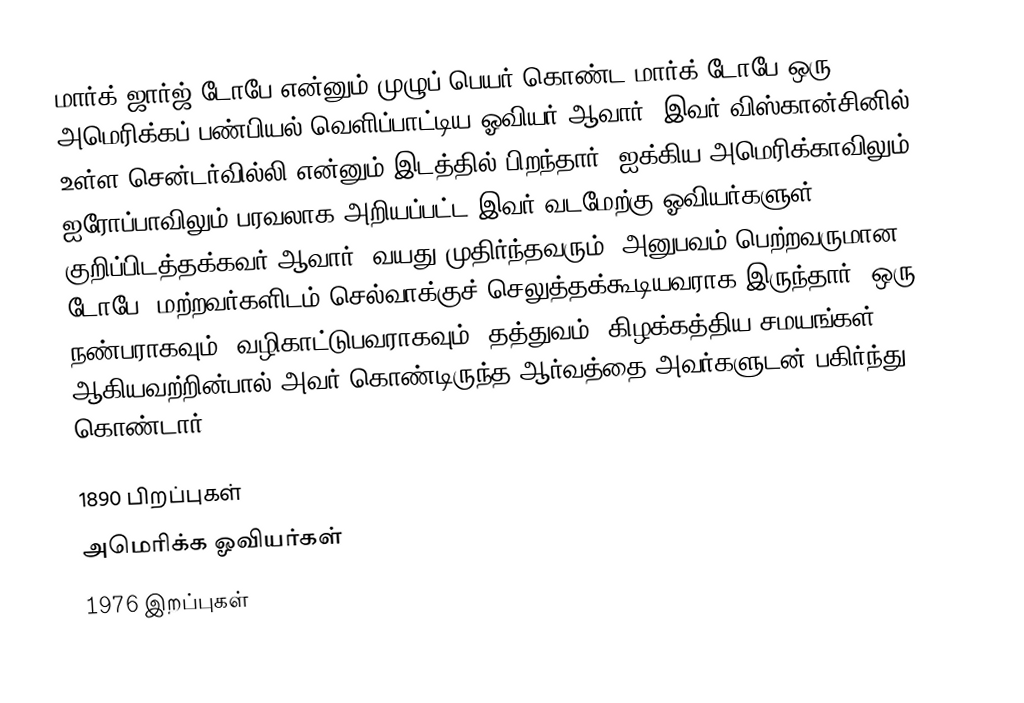
மார்க் ஜார்ஜ் டோபே என்னும் முழுப் பெயர் கொண்ட மார்க் டோபே ஒரு அமெரிக்கப் பண்பியல் வெளிப்பாட்டிய ஓவியர் ஆவார். இவர் விஸ்கான்சினில் உள்ள சென்டர்வில்லி என்னும் இடத்தில் பிறந்தார். ஐக்கிய அமெரிக்காவிலும், ஐரோப்பாவிலும் பரவலாக அறியப்பட்ட இவர் வடமேற்கு ஓவியர்களுள் குறிப்பிடத்தக்கவர் ஆவார். வயது முதிர்ந்தவரும், அனுபவம் பெற்றவருமான டோபே, மற்றவர்களிடம் செல்வாக்குச் செலுத்தக்கூடியவராக இருந்தார். ஒரு நண்பராகவும், வழிகாட்டுபவராகவும், தத்துவம், கிழக்கத்திய சமயங்கள் ஆகியவற்றின்பால் அவர் கொண்டிருந்த ஆர்வத்தை அவர்களுடன் பகிர்ந்து கொண்டார்.

1890 பிறப்புகள்
அமெரிக்க ஓவியர்கள்
1976 இறப்புகள்